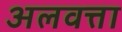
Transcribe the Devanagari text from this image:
अलवत्ता